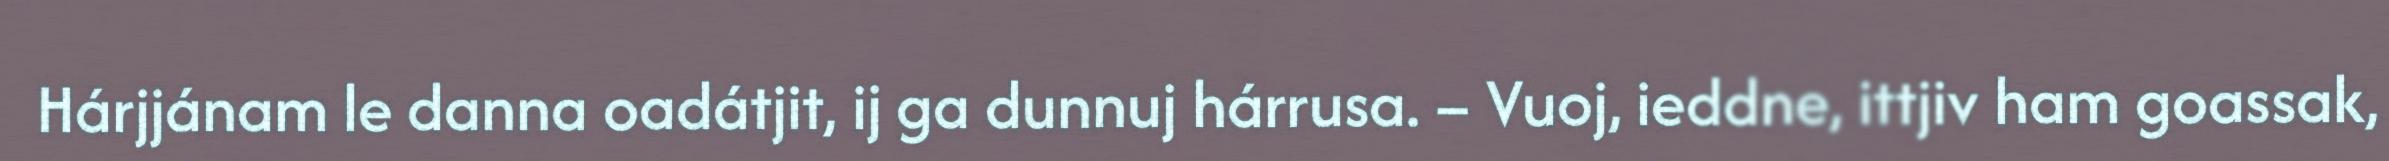
Hárjjánam le danna oadátjit, ij ga dunnuj hárrusa. – Vuoj, ieddne, ittjiv ham goassak,